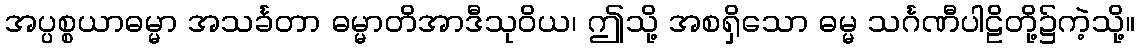
အပ္ပစ္စယာဓမ္မာ အသင်္ခတာ ဓမ္မာတိအာဒီသုဝိယ၊ ဤသို့ အစရှိသော ဓမ္မ သင်္ဂဏီပါဠိတို့၌ကဲ့သို့။